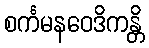
စင်္ကမနဝေဒိကန္တိ